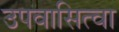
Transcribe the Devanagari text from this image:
उपवासित्वा